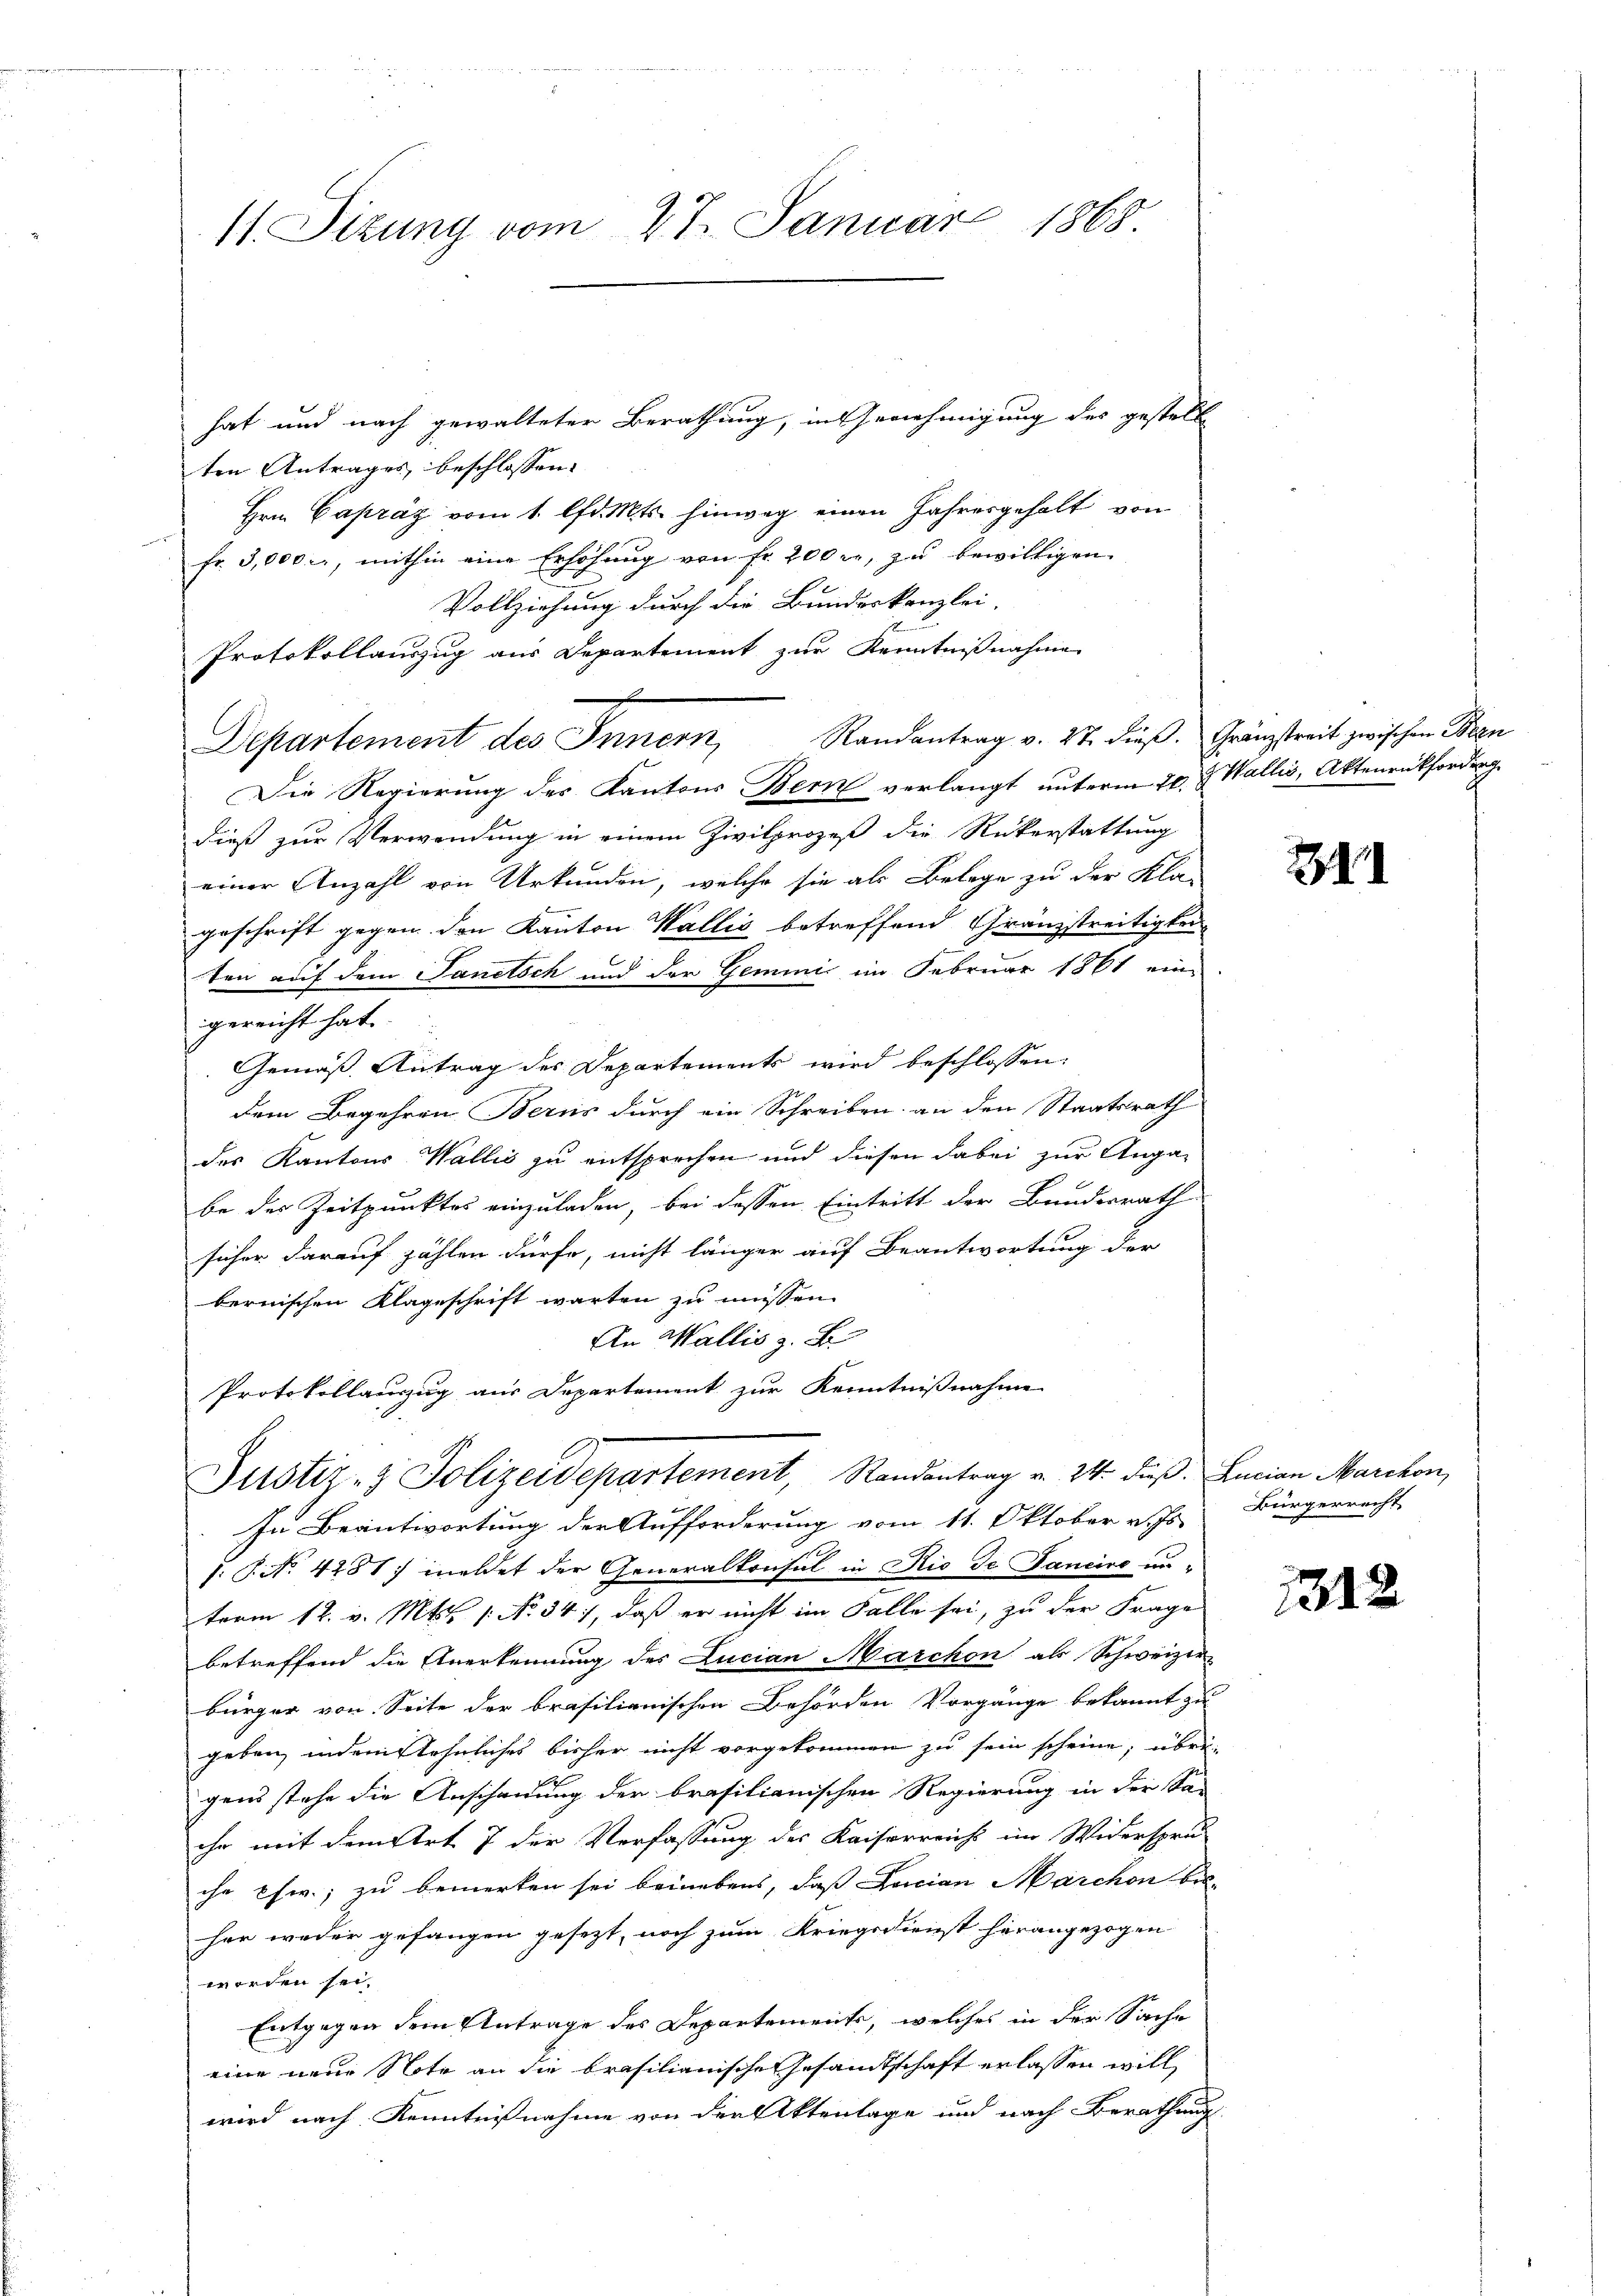
ten Antrages, beschlossen:
Hrn. Capraz vom 1. lfd. Mts. hinweg einen Jahresgehalt von
fr. 3,000 c., mithin eine Erhöhung von fr. 200 r. zu bewilligen.
Vollziehung durch die Bundeskanzlei-
Protokollauszug aus Departement zur Kenntnißnahme
Randantrag v. 27. dieß. Gränzstreit zwischen Men
Departement des Innern,
Die Regierung des Kantons Bern verlangt unterm 20. & Wallis, Aktenrückforderg
dieß zur Verwendung in einem Zivilprozeß die Rükerstattung
einer Anzahl von Urkunden, welche sie als Belege zu der Kla-
geschrift gegen den Kanton Wallis betreffend Gränzstreitigkei
ten auf dem Sanitsch und der Geminić im Februar 1861 eine
gereicht hat.
Gemäß Antrag des Departements wird beschlossen:
dem Begehren Berns durch ein Schreiben an den Staatsrath
des Kantons Wallis zu entsprechen und diesen dabei zur Anga-
be der Zeitpunktes einzuladen, bei dessen Eintritt der Bundesrath
sicher darauf zählen dürfe, nicht länger auf Beantwortung der
bernischen Klageschrift warten zu müssen.
An Wallis z. B.
Protokollanzug aus Departement zur Kenntnißnahme
Justiz- & Polizeidepartement, Randantrag v. 24. dieß. Lucian Marchon,
In Beantwortung der Aufforderung vom 11. Oktober v. Js. Bürgerrecht
J. P. No. 4281) meldet der Generalkonsul in Rio de Janeiro unterm 12. v. Mts. 1. No 347, daß er nicht im Falle sei, zu der Frage
betreffend die Anerkennung des Lucian Marchon als Schweizer-
bürger von Seite der brasilienischen Behörden Vorgänge bekannt zu
geben, indem sehnliches bisher nicht vorgekommen zu sein scheine; übri-
gens stehe die Anschauung der brasilianischen Regierung in der Sa-
ihr mit dem Art 7 der Verfassung des Kaiserreich im Widerspru-
che Chw.; zu bemerken sei beinebens, daß Lucian Marchon bei-
her weder gefangen gesezt, noch zum Kriegsdienst herangezogen
worden sei.
Entgegen dem Antrage des Departements, welches in der Sache
eine neue Note an die Brasilianische Gesandtschaft erlassen will,
wird nach Kenntnißnahme von den Aktenlage und nach Berathung

11. Sitzung vom 27. Januar 1868

hat und nach gewalteter Berathung, in Genehmigung des gestell

2

1312